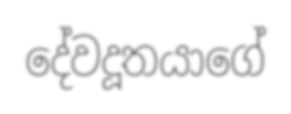
දේවදූතයාගේ